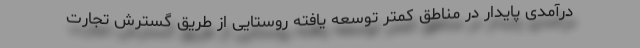
درآمدی پایدار در مناطق کمتر توسعه یافته روستایی از طریق گسترش تجارت